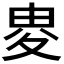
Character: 𡕦